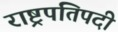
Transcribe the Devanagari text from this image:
राष्ट्रपतिपदी